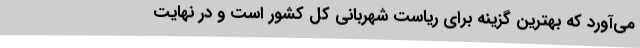
می‌آورد که بهترین گزینه برای ریاست شهربانی کل کشور است و در نهایت